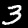
Label: 3